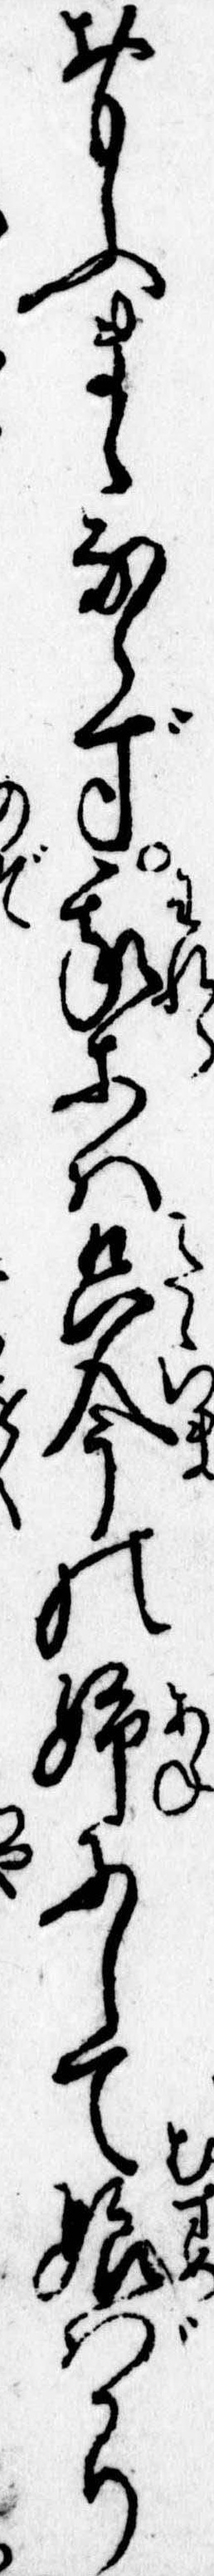
おもふまゝならず我等は只今の姉にして娘ばかり